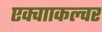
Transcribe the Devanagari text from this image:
एक्वााकल्चर